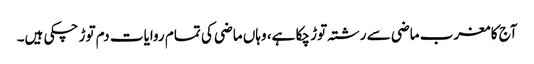
آج کا مغرب ماضی سے رشتہ توڑ چکا ہے، وہاں ماضی کی تمام روایات دم توڑ چکی ہیں۔